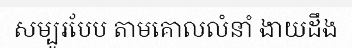
សម្បូរបែប តាមគោលលំនាំ ងាយដឹង